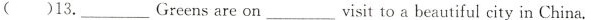
( )13.__Greensare on__visit to a beautiful city in China.